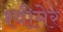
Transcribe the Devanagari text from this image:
श्वीमेर